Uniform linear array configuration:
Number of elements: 16
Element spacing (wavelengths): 0.5
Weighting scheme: binomial
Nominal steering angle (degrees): -15
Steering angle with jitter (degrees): -16.225
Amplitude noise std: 0.05
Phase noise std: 0.05

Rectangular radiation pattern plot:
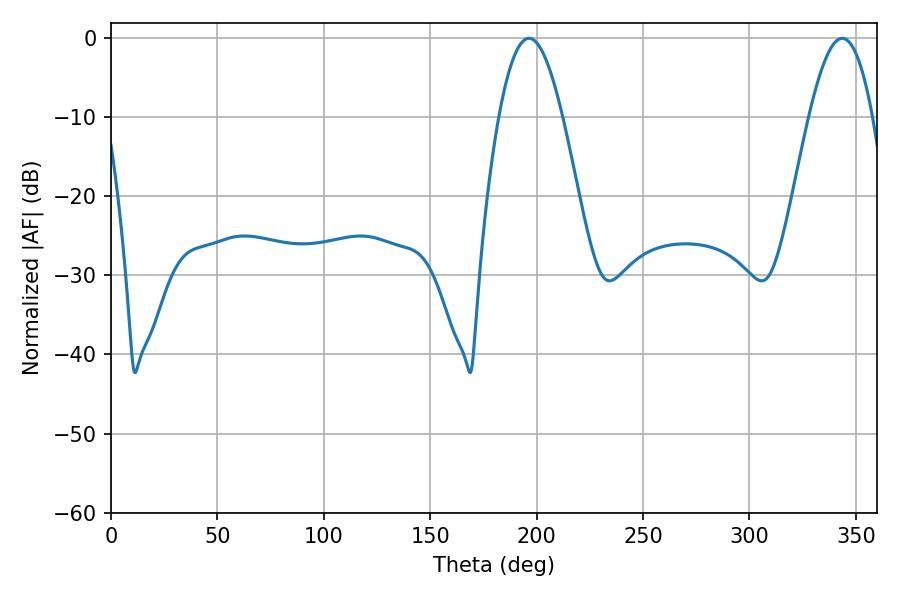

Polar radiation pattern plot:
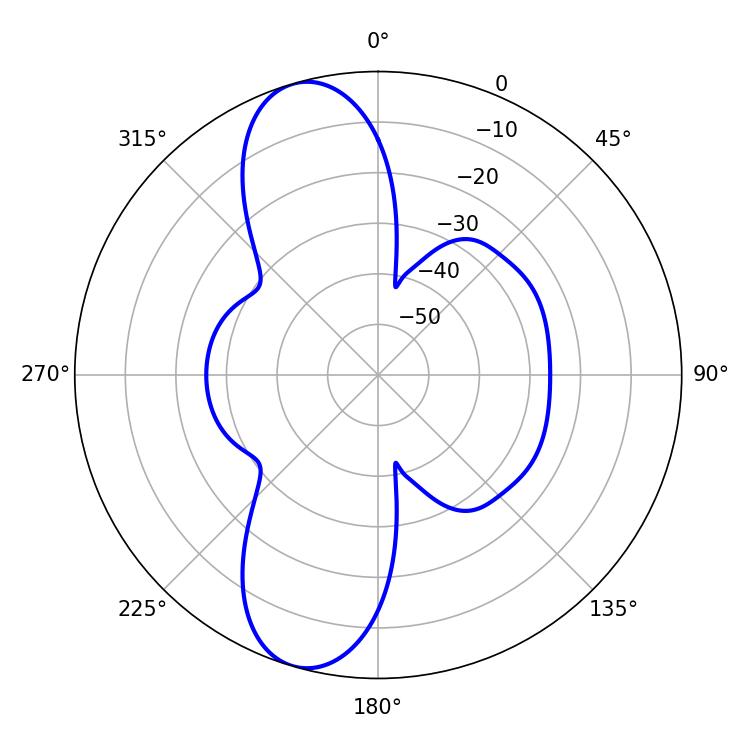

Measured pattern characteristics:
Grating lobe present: FALSE
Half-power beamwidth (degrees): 16.2
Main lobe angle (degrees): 196.38